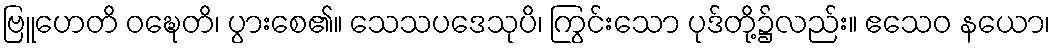
ဗြူဟေတိ ဝဍ္ဎေတိ၊ ပွားစေ၏။ သေသပဒေသုပိ၊ ကြွင်းသော ပုဒ်တို့၌လည်း။ ဧသေဝ နယော၊